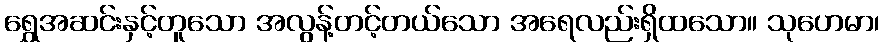
ရွှေအဆင်းနှင့်တူသော အလွန့်တင့်တယ်သော အရေလည်းရှိထသော။ သုဟေမာ၊